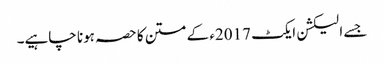
جسے الیکشن ایکٹ 2017ء کے متن کا حصہ ہونا چاہیے۔